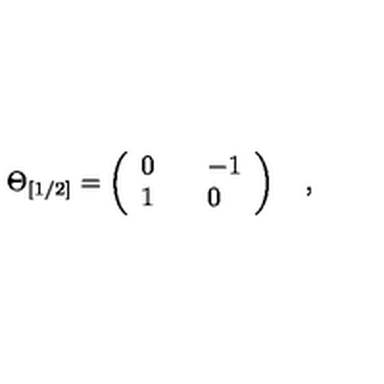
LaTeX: \Theta _ { [ 1 / 2 ] } = \left( \begin{array} { l l l } { 0 } & { { } } & { - 1 } \\ { 1 } & { { } } & { 0 } \\ \end{array} \right) \quad ,